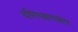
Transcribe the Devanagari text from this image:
दधिभक्षणदोष